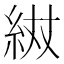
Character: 𮈌